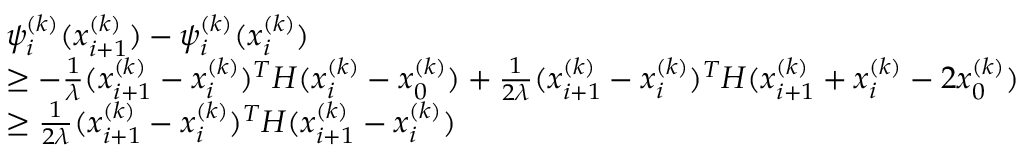
\begin{array} { r l } & { \psi _ { i } ^ { ( k ) } ( x _ { i + 1 } ^ { ( k ) } ) - \psi _ { i } ^ { ( k ) } ( x _ { i } ^ { ( k ) } ) } \\ & { \geq - \frac { 1 } { \lambda } ( x _ { i + 1 } ^ { ( k ) } - x _ { i } ^ { ( k ) } ) ^ { T } H ( x _ { i } ^ { ( k ) } - x _ { 0 } ^ { ( k ) } ) + \frac { 1 } { 2 \lambda } ( x _ { i + 1 } ^ { ( k ) } - x _ { i } ^ { ( k ) } ) ^ { T } H ( x _ { i + 1 } ^ { ( k ) } + x _ { i } ^ { ( k ) } - 2 x _ { 0 } ^ { ( k ) } ) } \\ & { \geq \frac { 1 } { 2 \lambda } ( x _ { i + 1 } ^ { ( k ) } - x _ { i } ^ { ( k ) } ) ^ { T } H ( x _ { i + 1 } ^ { ( k ) } - x _ { i } ^ { ( k ) } ) } \end{array}